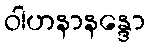
ဝါဟနာနန္ဒော